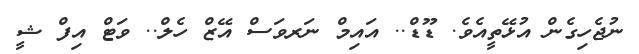
ނުޖެހިގެން އުޅޭތީއެވެ. ޑޫޑް.. އައިމް ނަރވަސް އޭޒް ހެލް.. ވަޓް އިފް ޝީ